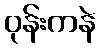
ဝုန်းကနဲ